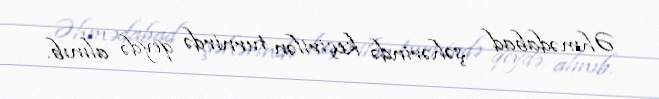
Əhmədabad şəhərində keçirilən turnirdə qeydə alınıb.